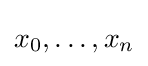
x_{0},\dots ,x_{n}